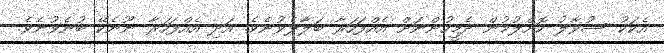
އެކަކު ސުވާލު ކޮށްލުމުން ދެމީހުންނަށް އެއްފަހަރާ ބަލާލެވުނެވެ. އަދި އެއްފަހަރާ ނޫނެކޭ ބުނެވުނެވެ.